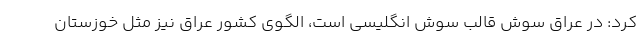
کرد: در عراق سوش قالب سوش انگلیسی است، الگوی کشور عراق نیز مثل خوزستان